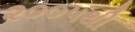
૨૦૦૫થી